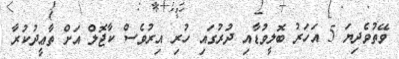
ވޭތުވެދިޔަ 5 އަހަރު ބޮލީވުޑާއި ދުރުގައި ހުރި އިރުވެސް ކާޖޮލް އަށް ތާޢީދުކުރާ